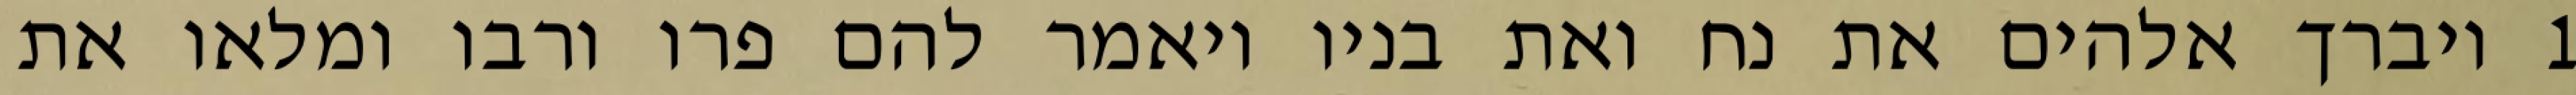
1 ויברך אלהים את נח ואת בניו ויאמר להם פרו ורבו ומלאו את